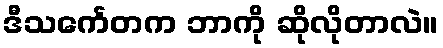
ဒီသင်္ကေတက ဘာကို ဆိုလိုတာလဲ။